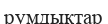
румдықтар